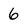
Character: 6